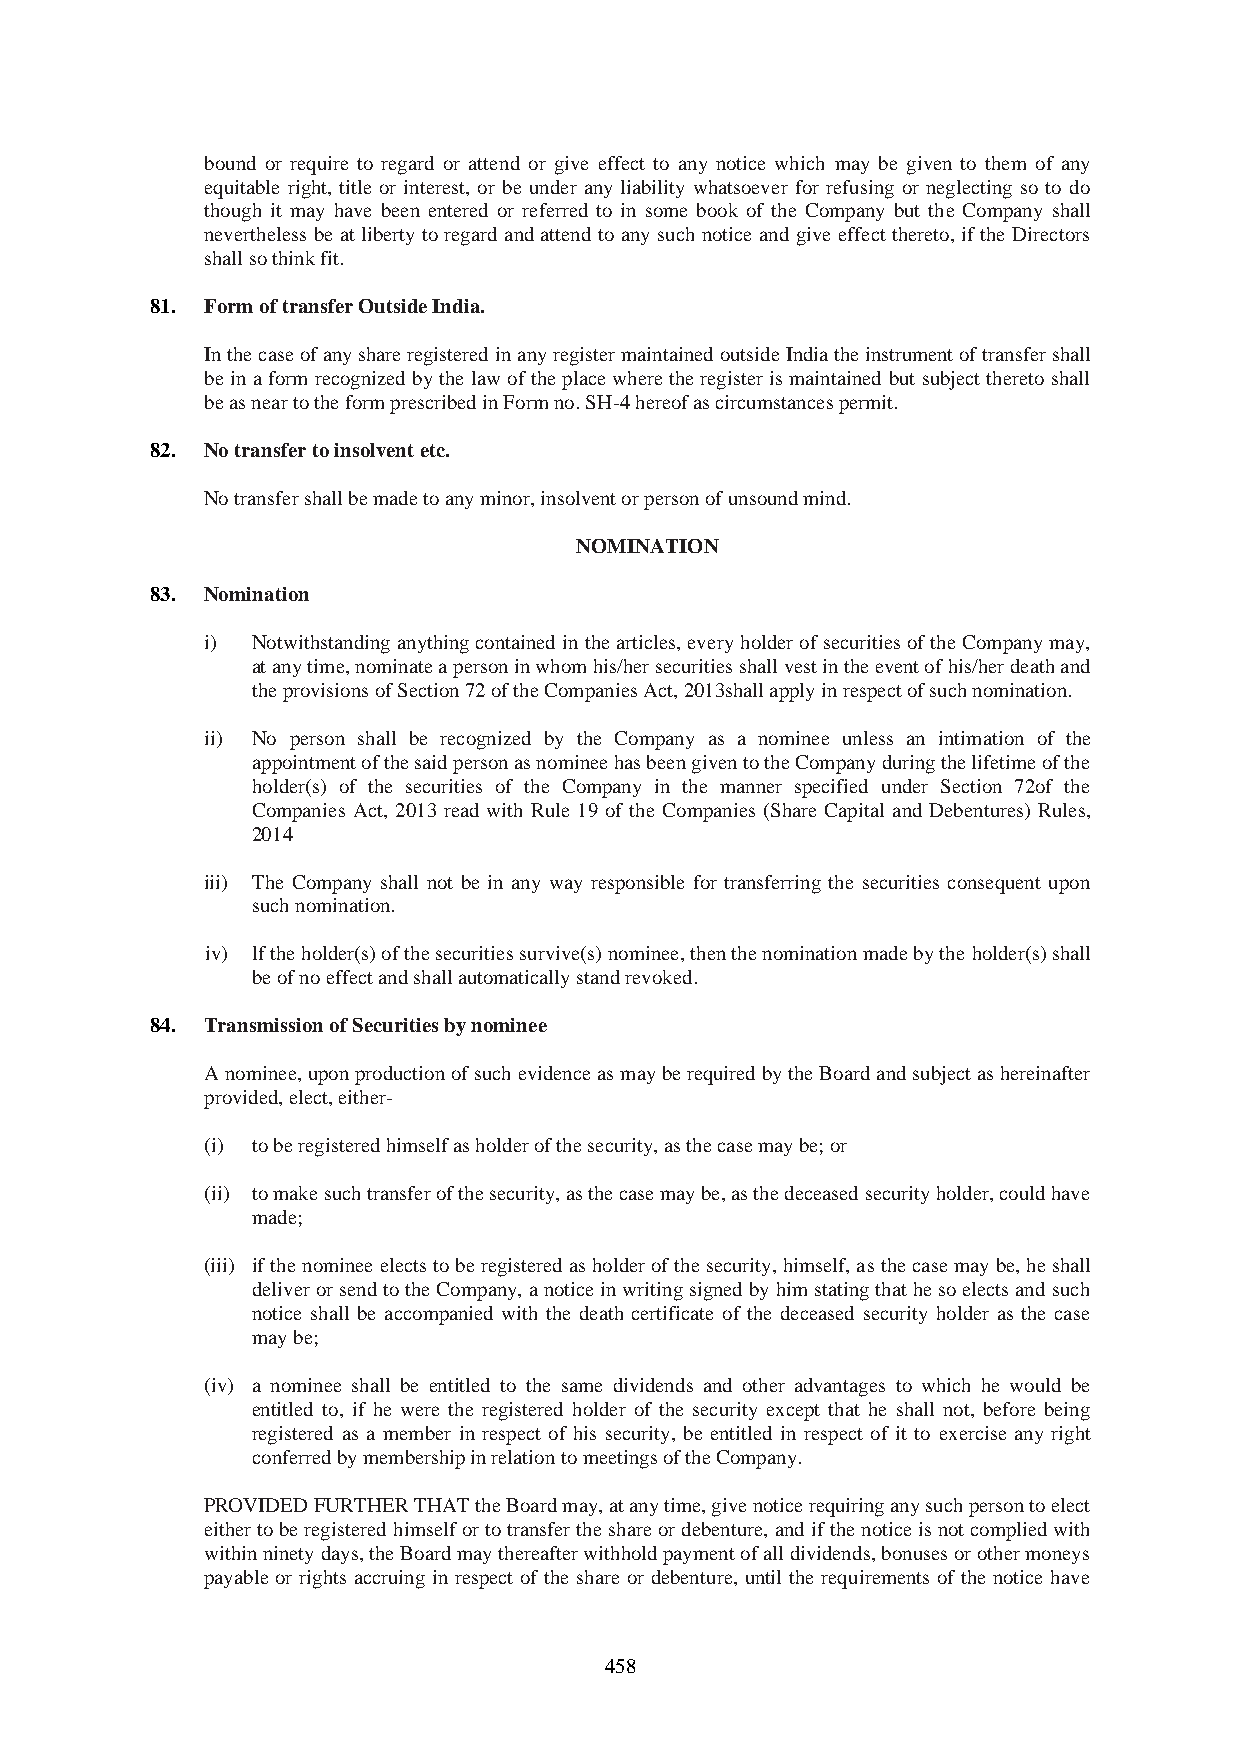
bound or require to regard or attend or give effect to any notice which may be given to them of any
 equitable right, title or interest, or be under any liability whatsoever for refusing or neglecting so to do
 though it may have been entered or referred to in some book of the Company but the Company shall
 nevertheless be at liberty to regard and attend to any such notice and give effect thereto, if the Directors
 shall so think fit.
 81. Form of transfer Outside India.
 In the case of any share registered in any register maintained outside India the instrument of transfer shall
 be in a form recognized by the law of the place where the register is maintained but subject thereto shall
 be as near to the form prescribed in Form no. SH-4 hereof as circumstances permit.
 82. No transfer to insolvent etc.
 No transfer shall be made to any minor, insolvent or person of unsound mind.
 NOMINATION
 83. Nomination
 i) Notwithstanding anything contained in the articles, every holder of securities of the Company may,
 at any time, nominate a person in whom his/her securities shall vest in the event of his/her death and
 the provisions of Section 72 of the Companies Act, 2013shall apply in respect of such nomination.
 ii) No person shall be recognized by the Company as a nominee unless an intimation of the
 appointment of the said person as nominee has been given to the Company during the lifetime of the
 holder(s) of the securities of the Company in the manner specified under Section 72of the
 Companies Act, 2013 read with Rule 19 of the Companies (Share Capital and Debentures) Rules,
 2014
 iii) The Company shall not be in any way responsible for transferring the securities consequent upon
 such nomination.
 iv) lf the holder(s) of the securities survive(s) nominee, then the nomination made by the holder(s) shall
 be of no effect and shall automatically stand revoked.
 84. Transmission of Securities by nominee
 A nominee, upon production of such evidence as may be required by the Board and subject as hereinafter
 provided, elect, either-
 (i) to be registered himself as holder of the security, as the case may be; or
 (ii) to make such transfer of the security, as the case may be, as the deceased security holder, could have
 made;
 (iii) if the nominee elects to be registered as holder of the security, himself, as the case may be, he shall
 deliver or send to the Company, a notice in writing signed by him stating that he so elects and such
 notice shall be accompanied with the death certificate of the deceased security holder as the case
 may be;
 (iv) a nominee shall be entitled to the same dividends and other advantages to which he would be
 entitled to, if he were the registered holder of the security except that he shall not, before being
 registered as a member in respect of his security, be entitled in respect of it to exercise any right
 conferred by membership in relation to meetings of the Company.
 PROVIDED FURTHER THAT the Board may, at any time, give notice requiring any such person to elect
 either to be registered himself or to transfer the share or debenture, and if the notice is not complied with
 within ninety days, the Board may thereafter withhold payment of all dividends, bonuses or other moneys
 payable or rights accruing in respect of the share or debenture, until the requirements of the notice have
 458